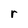
Character: r